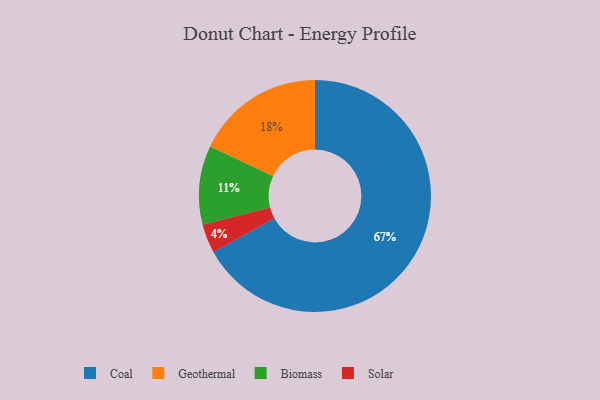
{"axis": {"x": "Category", "y": "Percentage"}, "legend": ["Biomass", "Coal", "Geothermal", "Solar"], "data": [{"x": "Biomass", "y": 11, "type": "Biomass"}, {"x": "Geothermal", "y": 18, "type": "Geothermal"}, {"x": "Solar", "y": 4, "type": "Solar"}, {"x": "Coal", "y": 67, "type": "Coal"}]}